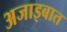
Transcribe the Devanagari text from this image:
अजाइबात